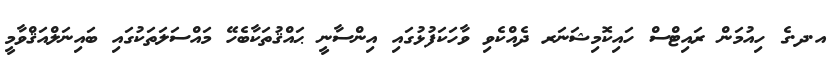
އ.ދ.ގެ ހިއުމަން ރައިޓްސް ހައިކޮމިޝަނަރ ދެއްކެވި ވާހަކަފުޅުގައި އިންސާނީ ޙައްޤުތަކާބެހޭ މައްސަލަތަކުގައި ބައިނަލްއަޤްވާމީ